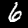
Label: 6